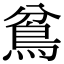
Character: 𩿈